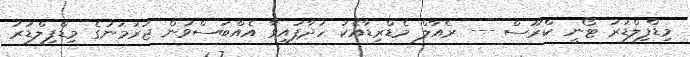
މިޑްފިލްޑަރު ޓޯނީ ކްރޫސް --- ރެއާލް މެޑްރިޑާއެކު ހަދާފައިވާ އެއްބަސްވުން ޖަރުމަނުގެ މިޑްފިލްޑަރު